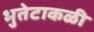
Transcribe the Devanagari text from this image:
भुतेटाकळी